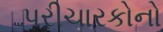
પરીચારકોનો